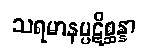
သရမာနပ္ပဋိစ္ဆန္နာ